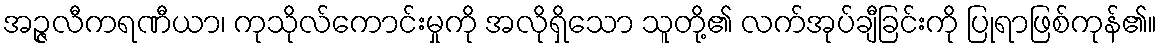
အဉ္ဇလီကရဏီယာ၊ ကုသိုလ်ကောင်းမှုကို အလိုရှိသော သူတို့၏ လက်အုပ်ချီခြင်းကို ပြုရာဖြစ်ကုန်၏။